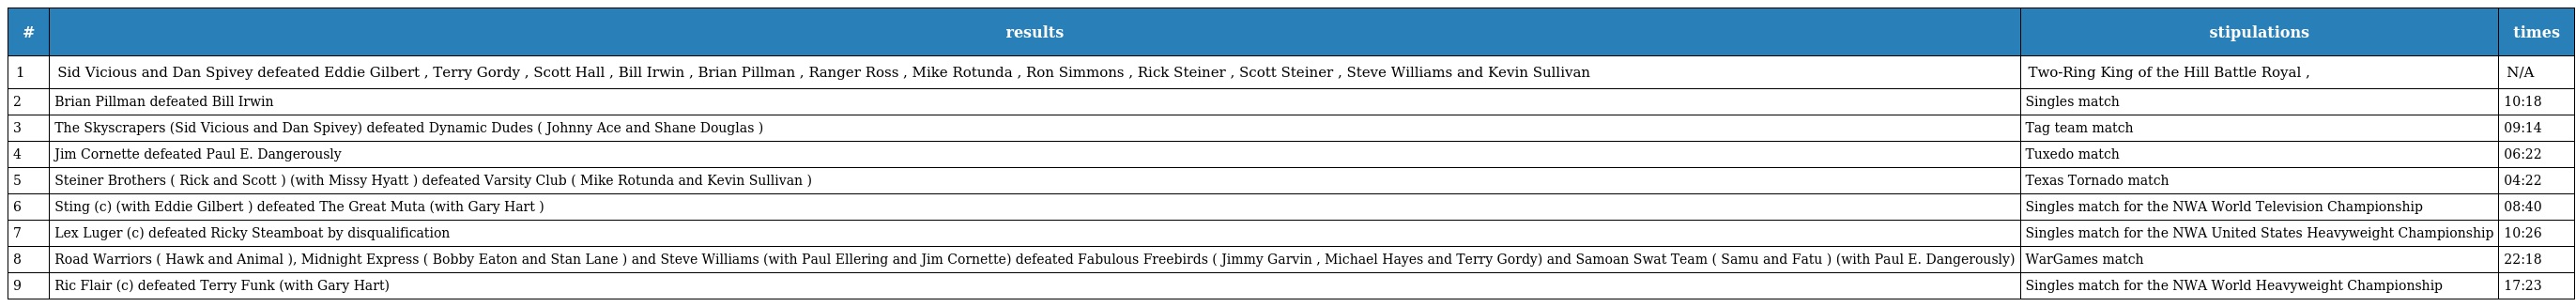
| # | results | stipulations | times |
 | --- | --- | --- | --- |
 | 1 | Sid Vicious and Dan Spivey defeated Eddie Gilbert , Terry Gordy , Scott Hall , Bill Irwin , Brian Pillman , Ranger Ross , Mike Rotunda , Ron Simmons , Rick Steiner , Scott Steiner , Steve Williams and Kevin Sullivan | Two-Ring King of the Hill Battle Royal , | N/A |
 | 2 | Brian Pillman defeated Bill Irwin | Singles match | 10:18 |
 | 3 | The Skyscrapers (Sid Vicious and Dan Spivey) defeated Dynamic Dudes ( Johnny Ace and Shane Douglas ) | Tag team match | 09:14 |
 | 4 | Jim Cornette defeated Paul E. Dangerously | Tuxedo match | 06:22 |
 | 5 | Steiner Brothers ( Rick and Scott ) (with Missy Hyatt ) defeated Varsity Club ( Mike Rotunda and Kevin Sullivan ) | Texas Tornado match | 04:22 |
 | 6 | Sting (c) (with Eddie Gilbert ) defeated The Great Muta (with Gary Hart ) | Singles match for the NWA World Television Championship | 08:40 |
 | 7 | Lex Luger (c) defeated Ricky Steamboat by disqualification | Singles match for the NWA United States Heavyweight Championship | 10:26 |
 | 8 | Road Warriors ( Hawk and Animal ), Midnight Express ( Bobby Eaton and Stan Lane ) and Steve Williams (with Paul Ellering and Jim Cornette) defeated Fabulous Freebirds ( Jimmy Garvin , Michael Hayes and Terry Gordy) and Samoan Swat Team ( Samu and Fatu ) (with Paul E. Dangerously) | WarGames match | 22:18 |
 | 9 | Ric Flair (c) defeated Terry Funk (with Gary Hart) | Singles match for the NWA World Heavyweight Championship | 17:23 |